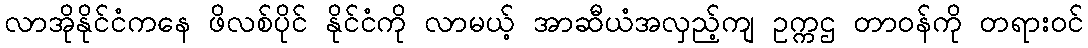
လာအိုနိုင်ငံကနေ ဖိလစ်ပိုင် နိုင်ငံကို လာမယ့် အာဆီယံအလှည့်ကျ ဥက္ကဌ တာဝန်ကို တရားဝင်